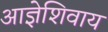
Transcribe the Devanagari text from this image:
आज्ञेशिवाय